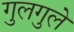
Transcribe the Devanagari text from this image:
गुलगुले